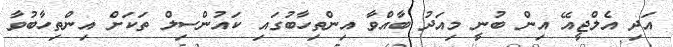
އަދި އެލްޖީއޭ އިން ބުނީ މިއަދު ބާއްވާ އިންތިހާބުގައި ކައުންސިލް ތަކަށް އިންތިހާބުވާ